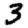
Digit: 3